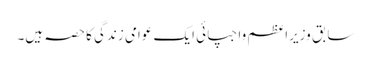
سابق وزیراعظم واجپائی ایک عوامی زندگی کا حصہ ہیں۔